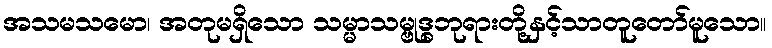
အသမသမော၊ အတုမရှိသော သမ္မာသမ္ဗုဒ္ဓဘုရားတို့နှင့်သာတူတော်မူသော။